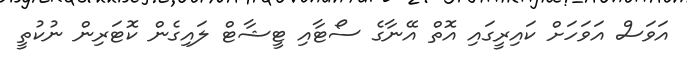
އަވަސް އަވަހަށް ކައިރީގައި އޮތް އޭނާގެ ސޯޓާއި ޓީޝާޓް ލައިގެން ކޮޓަރިން ނުކުތީ